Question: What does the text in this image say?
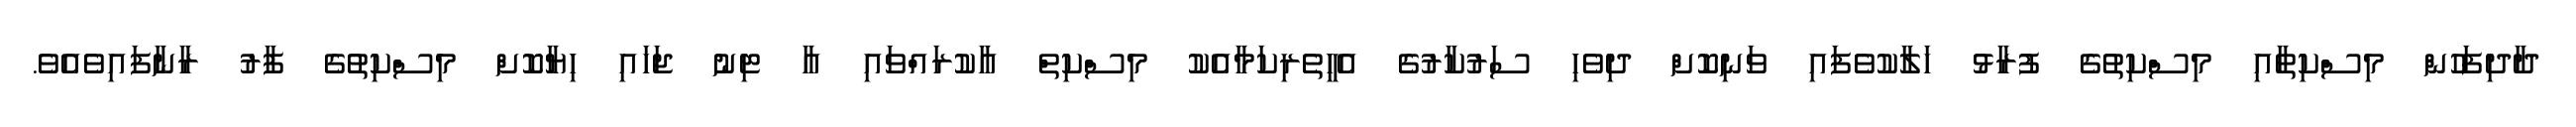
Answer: ދާދިފަހުން މިސްކިތާއި މިސްކިތުގެ ފުރާޅު ހަލާކުވެފައި ވަނިކޮށް ދިވެހި ސަރުކާރުގެ އެހީތެރިކަމާއެކު މިސްކިތް އާކުރައްވައި އާ ޓިނު ޖަހައި ހިޔާކޮށް މިސްކިތުގެ ފާރު ރާނާފައިވެއެވެ.